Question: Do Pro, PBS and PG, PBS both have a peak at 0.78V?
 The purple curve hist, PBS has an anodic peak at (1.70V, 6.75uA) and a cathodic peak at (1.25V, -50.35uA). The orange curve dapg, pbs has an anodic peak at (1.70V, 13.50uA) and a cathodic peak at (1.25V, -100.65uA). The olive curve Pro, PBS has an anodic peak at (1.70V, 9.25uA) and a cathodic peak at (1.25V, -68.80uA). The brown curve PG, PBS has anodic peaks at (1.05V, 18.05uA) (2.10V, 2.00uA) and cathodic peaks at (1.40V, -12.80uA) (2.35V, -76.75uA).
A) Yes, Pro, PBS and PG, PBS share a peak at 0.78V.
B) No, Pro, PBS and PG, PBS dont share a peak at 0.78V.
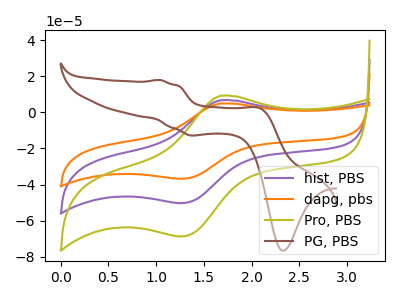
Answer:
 <answer>B) No, "Pro, PBS" and "PG, PBS" dont share a peak at 0.78V.</answer>
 <eval>B</eval>